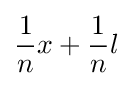
{\frac {1}{n}}x+{\frac {1}{n}}l